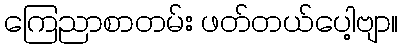
ကြေညာစာတမ်း ဖတ်တယ်ပေါ့ဗျာ။